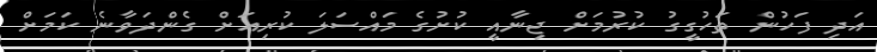
އަދި ފަހުން ތަހުގީގު ކުރުމަށް ޖިނާއީ ކުށުގެ މައްސަލަ ކުރިއަށް ގެންދަވާނެ ކަމަށް